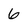
Character: 6